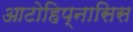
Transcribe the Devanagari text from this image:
आटोहिप्नासिस